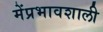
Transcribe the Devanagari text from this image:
मेंप्रभावशाली